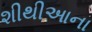
શીથીઆના